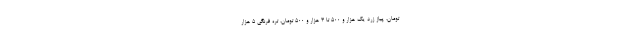
تومان، پیاز زرد یک هزار و ۵۰۰ تا ۳ هزار و ۵۰۰ تومان، تره فرنگی ۵ هزار